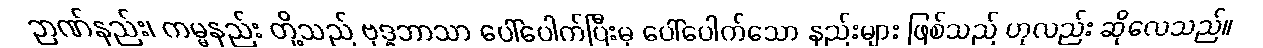
ဉာဏ်နည်း၊ ကမ္မနည်း တို့သည် ဗုဒ္ဓဘာသာ ပေါ်ပေါက်ပြီးမှ ပေါ်ပေါက်သော နည်းများ ဖြစ်သည် ဟုလည်း ဆိုလေသည်။